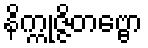
နိက္ကုဇ္ဇိတဗ္ဗော